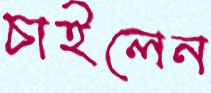
চাইলেন